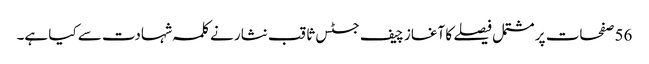
56 صفحات پر مشتمل فیصلے کا آغاز چیف جسٹس ثاقب نثار نے کلمہ شہادت سے کیا ہے۔